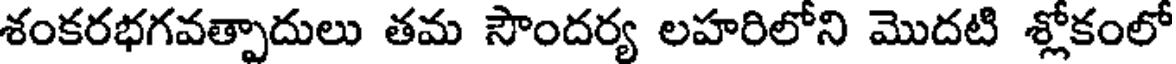
శంకరభగవత్పాదులు తమ సౌందర్య లహరిలోని మొదటి శ్లోకంలో